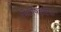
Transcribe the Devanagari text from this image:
निर्दोषदृष्टिक